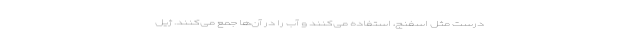
درست مثل اسفنج، استفاده می‌کنند و آب را در آن‌ها جمع می‌کنند. ژیل